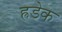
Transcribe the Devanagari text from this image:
ह्रडेक